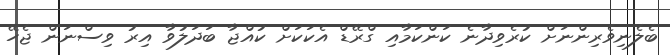
ބެލެނިވެރިންނަށް ކުރެވިދާނެ ކަންކަމާއި ގްރޭޑް އެކަކަށް ކުއްޖާ ބަދަލުވާ އިރު ވިސްނަން ޖެހޭ